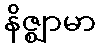
နိဇ္ဈာမာ